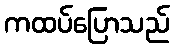
ကထပ်ပြောသည်